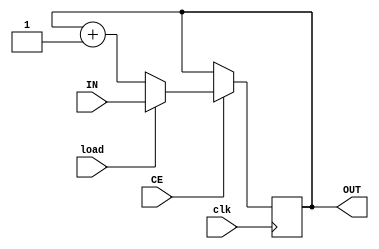
`timescale 1ns / 1ps
//////////////////////////////////////////////////////////////////////////////////
// Prosty licznik instrukcji
//////////////////////////////////////////////////////////////////////////////////

module program_counter(
        input [15:0] IN,
        input load,
        input CE,
        input clk,
        output reg [15:0] OUT = 0
    );

always @(posedge(clk))
begin
    if(CE)
    begin
        if(load) OUT = IN; //Jeli CE i load w stanie wysokim przeaduj licznik instrukcji
        else OUT = OUT + 1; //W innym wypadku zinkrementuj warto
    end
end    
  
endmodule